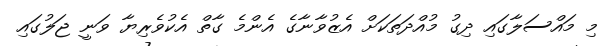
މި މައްސަލާގައި ދިގު މުއްދަތަކަށް އެޒުވާނާގެ އެންމެ ގާތް އެކުވެރިޔާ ވަނީ ޖަލުގައި